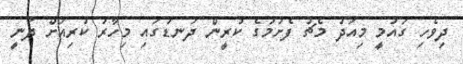
ދިވެހި ގައުމީ މިއަދު މެޗު ފެށުމުގެ ކުރީން ދަނޑުގައި މިހާރު ކުރިއަށް ދަނީ